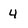
Character: 4